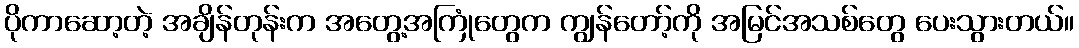
ပိုကာဆော့တဲ့ အချိန်တုန်းက အတွေ့အကြုံတွေက ကျွန်တော့်ကို အမြင်အသစ်တွေ ပေးသွားတယ်။